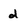
Character: d